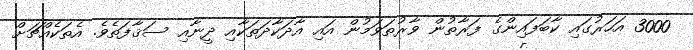
3000 އަހަރުގައި ކާބަފައިންގެ ފަރާތުން ވާރުތަވަމުން އައި އާދަކާދަތަކާއި ދީނާއި ސަޤާފަތެވެ. އެތަކެއްޗަށް